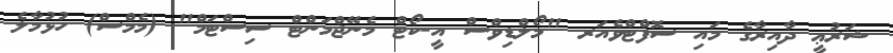
ޝަރުޢީ ދާއިރާގެ މައި ސޮފްޓްވެއަރ "މޯލްޑިވްސް އީ-ކޯޓް މެނޭޖްމަންޓް ސިސްޓަމް" (މެމްސް) ހުޅުމާލެ